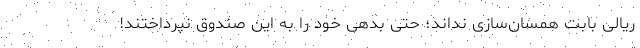
ریالی بابت همسان‌سازی نداند؛ حتی بدهی خود را به این صندوق نپرداختند!